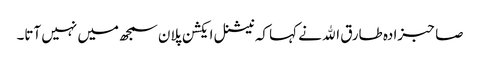
صاحبزادہ طارق اﷲ نے کہا کہ نیشنل ایکشن پلان سمجھ میں نہیں آتا۔